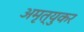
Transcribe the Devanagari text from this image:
अमृत्युकर